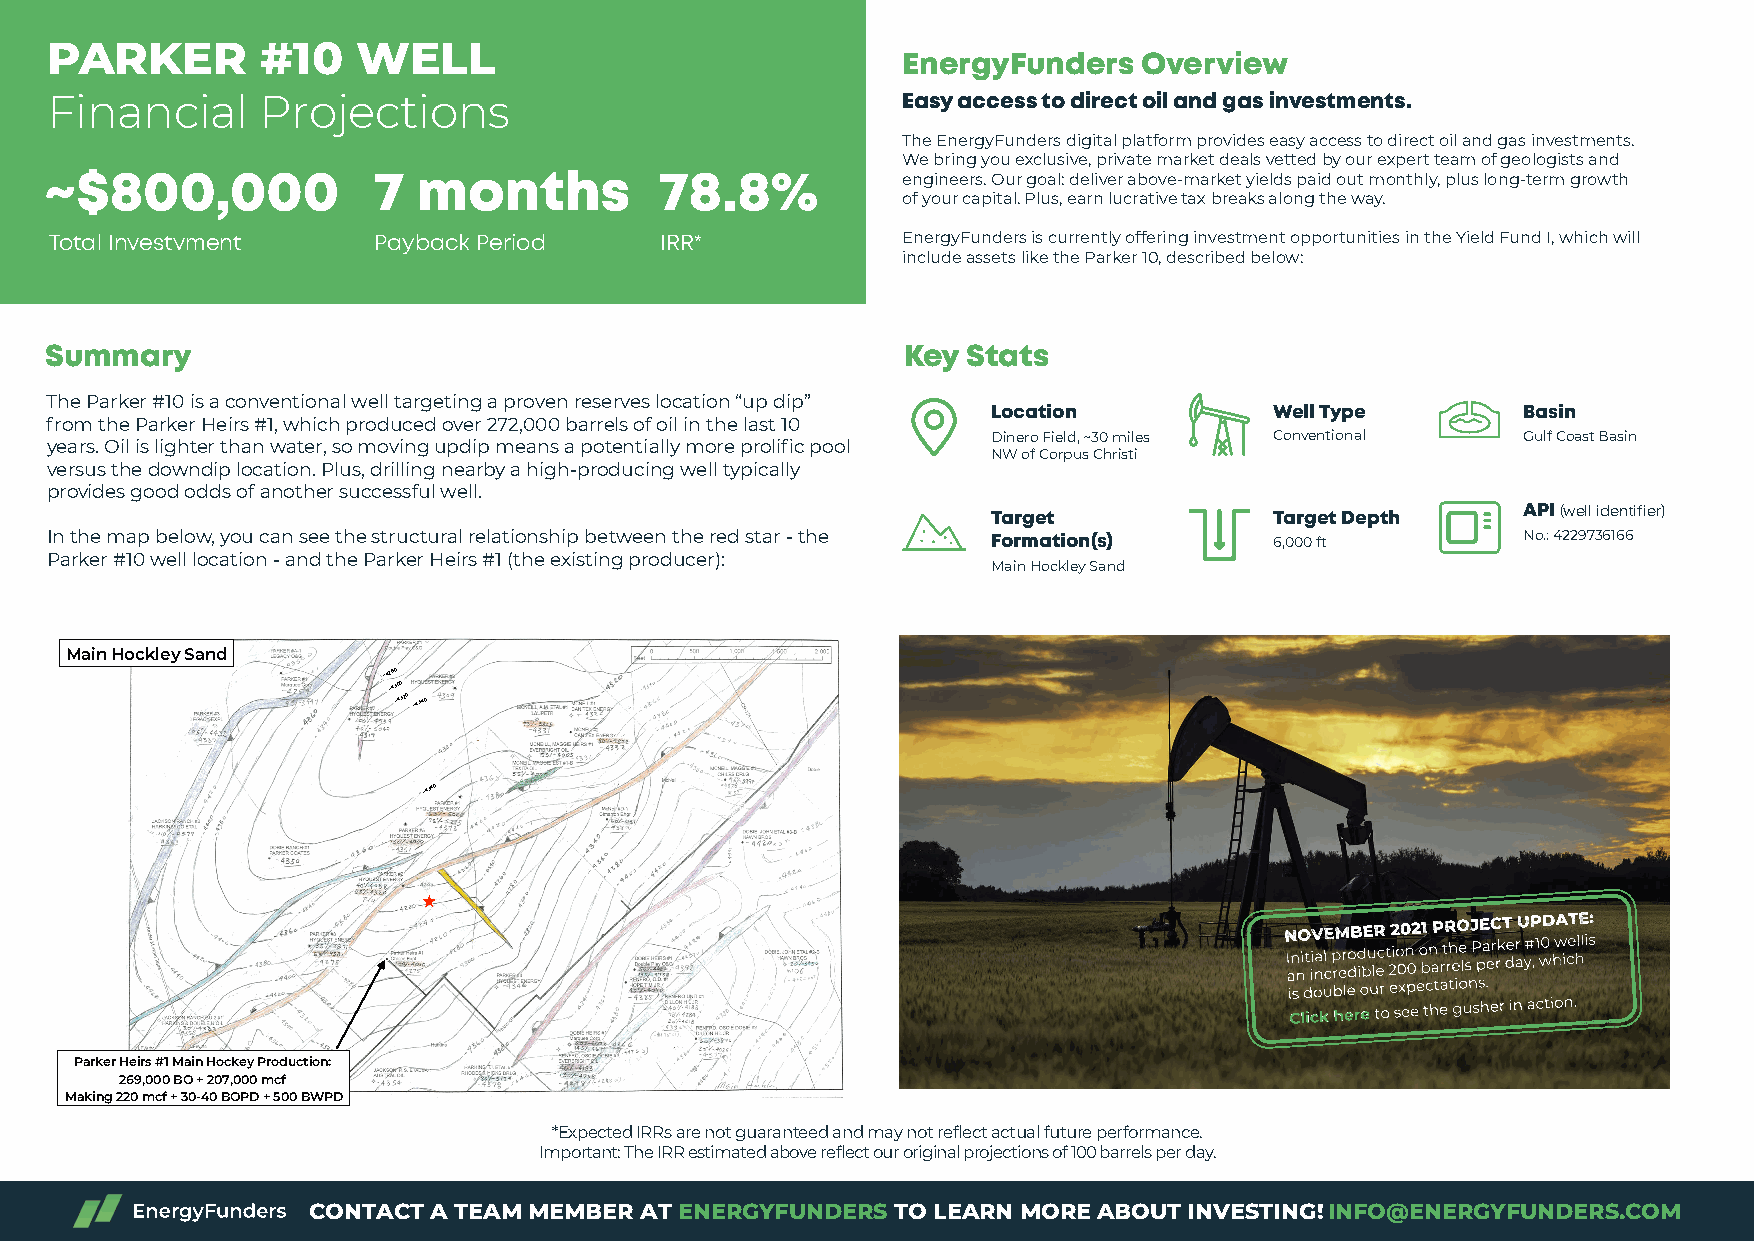
PARKER        #10    WELL
 EnergyFunders   Overview
 Financial     Projections                                Easy access to direct oil and gas investments.
 The EnergyFunders digital platform provides easy access to direct oil and gas investments.
 We bring you exclusive, private market deals vetted by our expert team of geologists and
 ~$800,000             7  months          78.8%           engineers. Our goal: deliver above-market yields paid out monthly, plus long-term growth
 of your capital. Plus, earn lucrative tax breaks along the way.
 Total Investvment     Payback Period     IRR*            EnergyFunders is currently offering investment opportunities in the Yield Fund I, which will
 include assets like the Parker 10, described below:
 Summary                                                  Key Stats
 The Parker #10 is a conventional well targeting a proven reserves location “up dip”
 Location          Well Type        Basin
 from the Parker Heirs #1, which produced over 272,000 barrels of oil in the last 10
 Dinero Field, ~30 miles Conventional Gulf Coast Basin
 years. Oil is lighter than water, so moving updip means a potentially more prolific pool
 NW of Corpus Christi
 versus the downdip location. Plus, drilling nearby a high-producing well typically
 provides good odds of another successful well.
 Target            Target Depth     API (well identifier)
 In the map below, you can see the structural relationship between the red star - the Formation(s) 6,000 ft No.: 4229736166
 Parker #10 well location - and the Parker Heirs #1 (the existing producer):
 Main Hockley Sand
 Main Hockley Sand
 -4280
 -4300
 -4320 -4340
 -4340
 N
 I an
 nO
 it
 iiV nalE
 c
 p
 rM
 er
 doB
 d
 ibE
 u
 lR
 ec t
 22
 io
 00
 n
 02
 o
 b1
 n
 aP rtR
 rh
 eO
 e ls
 J
 P
 pE
 a
 eC
 r rk
 T
 de r
 aU y#P
 , 1
 w0D hwA iceT hlE lis:
 is double our
 expectations.
 CClliicckk hheerree to see the gusher in action.
 Parker Heirs #1 Main Hockey Production:
 269,000 BO + 207,000 mcf
 Making 220 mcf + 30-40 BOPD + 500 BWPD
 *Expected IRRs are not guaranteed and may not reflect actual future performance.
 Important: The IRR estimated above reflect our original projections of 100 barrels per day.
 CONTACT A TEAM MEMBER AT ENERGYFUNDERS TO LEARN MORE ABOUT INVESTING!INFO@ENERGYFUNDERS.COM